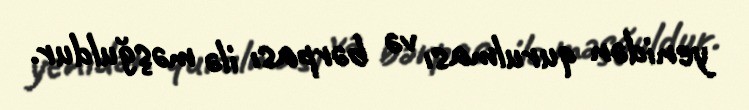
yenidən qurulması və bərpası ilə məşğuldur.